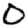
Digit: 0